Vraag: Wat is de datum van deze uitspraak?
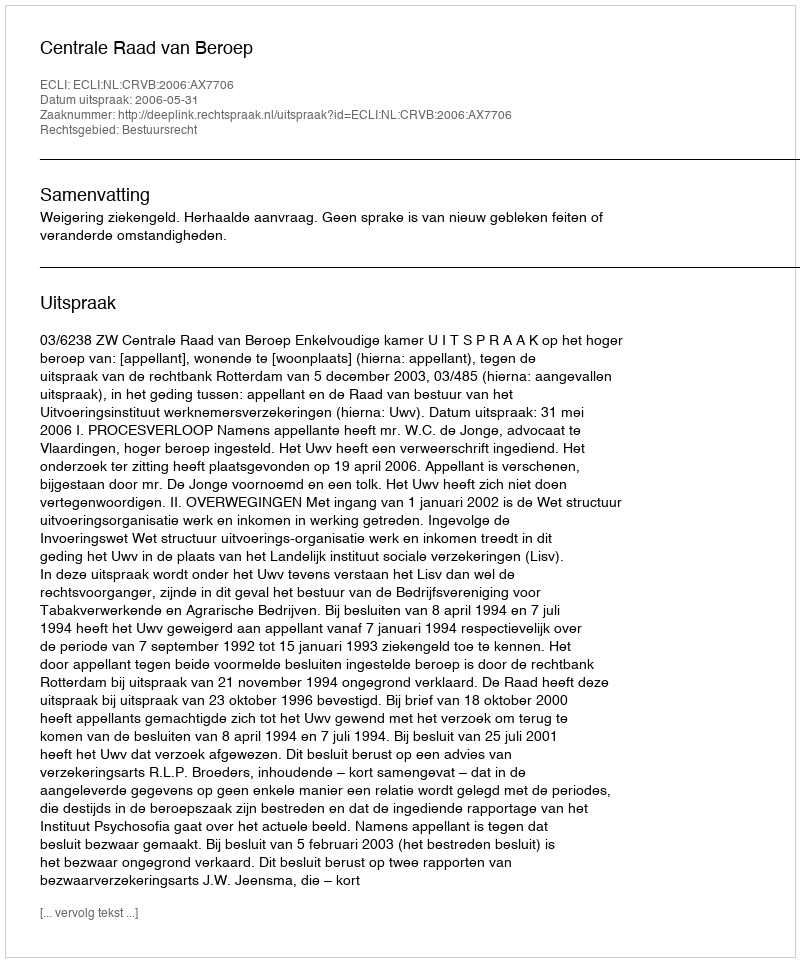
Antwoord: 2006-05-31